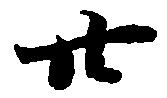
廿